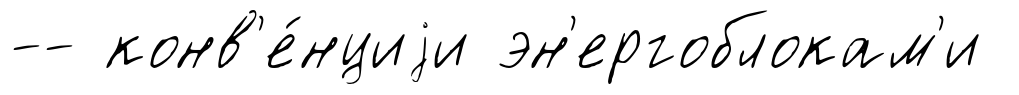
-- конв'е́нциjи эн'ергоблокам'и